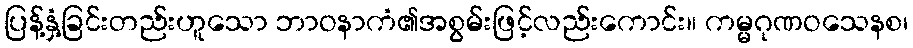
ပြန့်နှံ့ခြင်းတည်းဟူသော ဘာဝနာကံ၏အစွမ်းဖြင့်လည်းကောင်း။ ကမ္မဂုဏဝသေနစ၊